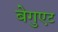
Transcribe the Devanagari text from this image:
बेगुएट